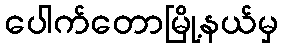
ပေါက်တောမြို့နယ်မှ